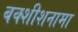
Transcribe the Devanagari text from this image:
बक्शीशनामा